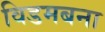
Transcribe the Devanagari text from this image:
विडमबना